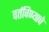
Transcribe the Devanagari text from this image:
वर्तविण्याचे